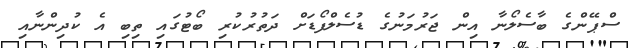
ސްޕޭންގެ ބާސެލޯނާ އިން ޖަރުމަނުގެ ޑުސެލްފޯޑަށް ދަތުރުކުރި ބޯޓުގައި ތިބި އެ ކުދިންނާއި